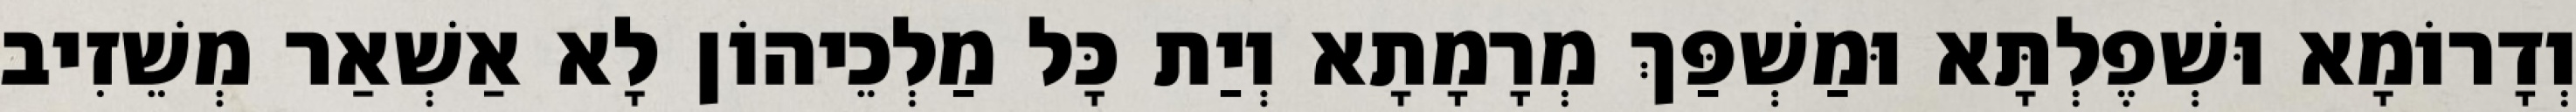
וְדָרוֹמָא וּשְׁפֶלְתָּא וּמַשְׁפַּךְ מְרָמָתָא וְיַת כָּל מַלְכֵיהוֹן לָא אַשְׁאַר מְשֵׁזִיב